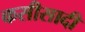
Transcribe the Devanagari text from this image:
कसीसादी